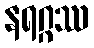
နရဂ္ဂဿ